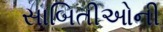
સાબિતીઓની